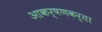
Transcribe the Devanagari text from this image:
आकर्षणकर्ता